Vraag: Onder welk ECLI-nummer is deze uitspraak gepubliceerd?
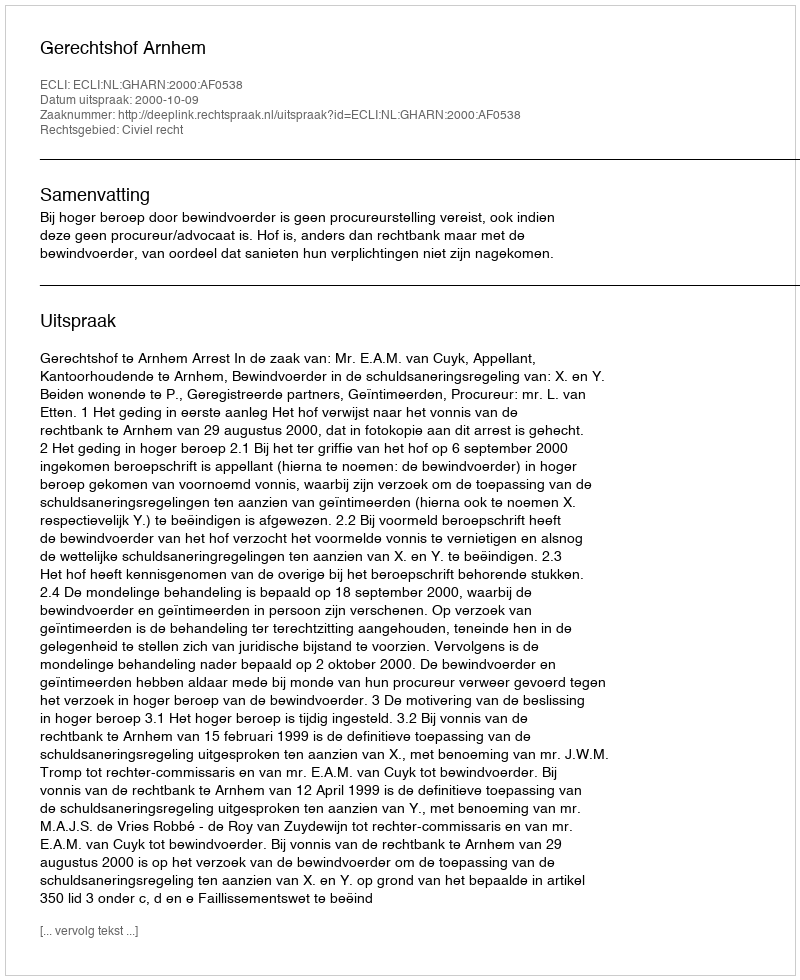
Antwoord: ECLI:NL:GHARN:2000:AF0538